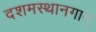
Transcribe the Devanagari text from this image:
दशमस्थानगान्